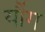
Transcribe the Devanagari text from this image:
यौंग